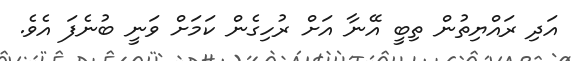
އަދި ރައްޔިތުން ތިބީ އޭނާ އަށް ރުހިގެން ކަމަށް ވަނީ ބުނެފަ އެވެ.